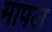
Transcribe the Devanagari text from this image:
मापल